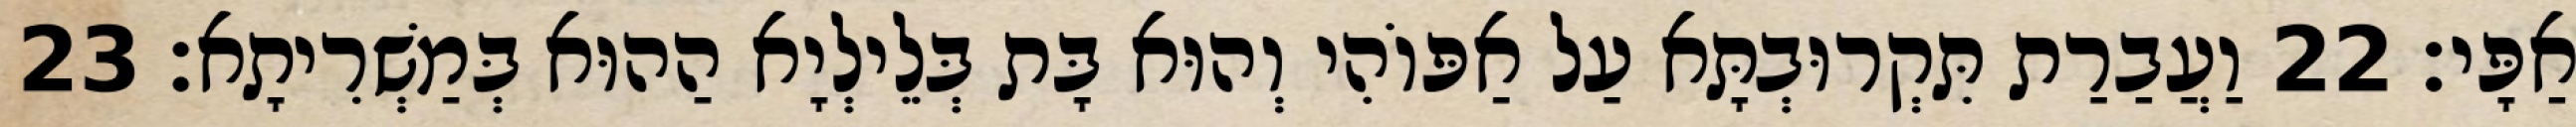
אַפָּי׃ 22 וַעֲבַרַת תִּקְרוּבְתָּא עַל אַפּוֹהִי וְהוּא בָּת בְּלֵילְיָא הַהוּא בְּמַשְׁרִיתָא׃ 23